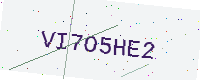
Text: VI7O5HE2